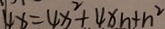
4 x = 4 x ^ { 2 } + 4 x n + n ^ { 2 }